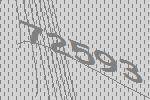
72593